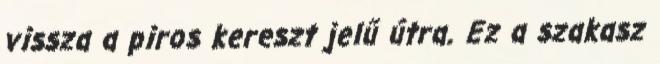
vissza a piros kereszt jelű útra. Ez a szakasz